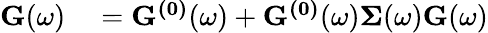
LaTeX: \begin{array}{rl}{\mathbf{G}(\omega)}&{{}=\mathbf{G^{(0)}}(\omega)+\mathbf{G^{(0)}}(\omega)\mathbf{\Sigma}(\omega)\mathbf{G}(\omega)}\end{array}